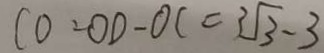
C 0 = O D - O C = 3 \sqrt { 3 } - 3